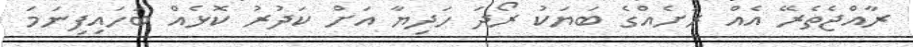
ރާއްޖެތެރޭ އެއް ރަށެއްގެ ބަޔަކު ރޯދަ ހަދިޔާ އަށް ކަދުރު ކޮޅެއް ބަހައިފިނަމަ